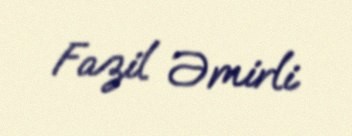
Fazil Əmirli